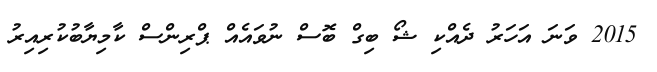
2015 ވަނަ އަހަރު ދެއްކި ޝޯ ބިގް ބޮސް ނުވައެއް ޕްރިންސް ކާމިޔާބުކުރިއިރު